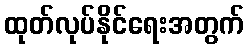
ထုတ်လုပ်နိုင်ရေးအတွက်